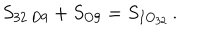
LaTeX: S _ { \mathrm { 3 2 \ D 9 } } + S _ { \mathrm { O 9 } } = S _ { I O _ { 3 2 } } \, .